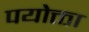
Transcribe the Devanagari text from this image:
पयोक्ता